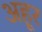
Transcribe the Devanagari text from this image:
अहूर